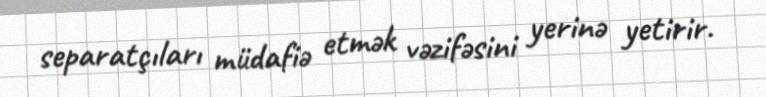
separatçıları müdafiə etmək vəzifəsini yerinə yetirir.